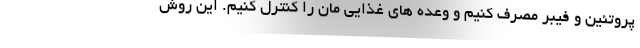
پروتئین و فیبر مصرف کنیم و وعده های غذایی مان را کنترل کنیم. این روش